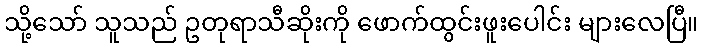
သို့သော် သူသည် ဥတုရာသီဆိုးကို ဖောက်ထွင်းဖူးပေါင်း များလေပြီ။